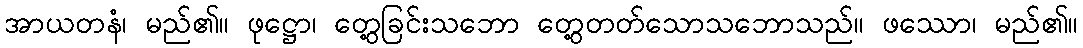
အာယတနံ၊ မည်၏။ ဖုဋ္ဌော၊ တွေ့ခြင်းသဘော တွေ့တတ်သောသဘောသည်။ ဖဿော၊ မည်၏။